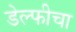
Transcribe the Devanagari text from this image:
डेल्फीचा